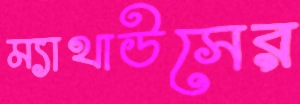
ম্যাথাউসের